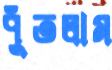
পুঁতলাম